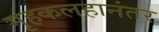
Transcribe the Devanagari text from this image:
गृहकलहानंतर